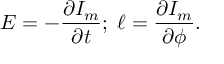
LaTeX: E = - \frac { \partial I _ { m } } { \partial t } ; \; \ell = \frac { \partial I _ { m } } { \partial \phi } .